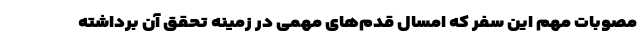
مصوبات مهم این سفر که امسال قدم‌های مهمی در زمینه تحقق آن برداشته